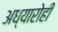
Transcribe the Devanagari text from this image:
अध्यारोही